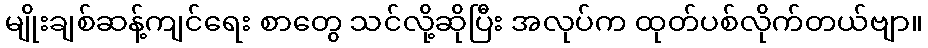
မျိုးချစ်ဆန့်ကျင်ရေး စာတွေ သင်လို့ဆိုပြီး အလုပ်က ထုတ်ပစ်လိုက်တယ်ဗျာ။